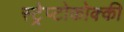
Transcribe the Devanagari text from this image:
स्ट्रेप्टोकोक्की